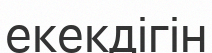
екекдігін